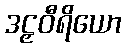
ဒဠှဝီရိယော